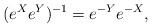
\begin{align*}(e^X e^Y)^{-1}= e^{-Y} e^{-X}, \end{align*}